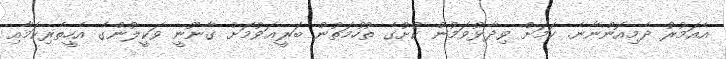
އެއަމުރު ދެމިއޮންނާނެ. ކަމަށް ވިދާޅުވަމުން ކުށުގެ ތުހުމަތުން ބަރީޢަވުމަށް ގާނޫނީ ވަކީލުންގެ އެހީތެރިކަމާއި